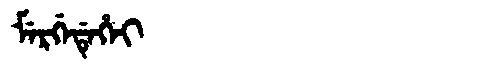
Manchu: ᠮᡝᡵᡤᡝᡩᡝᡥᡝᡳ
Romanization: MERGEDEHEI